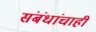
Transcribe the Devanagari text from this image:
संबंधांचाही